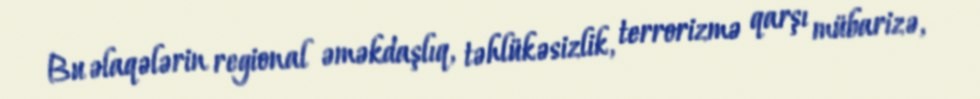
Bu əlaqələrin regional əməkdaşlıq, təhlükəsizlik, terrorizmə qarşı mübarizə,